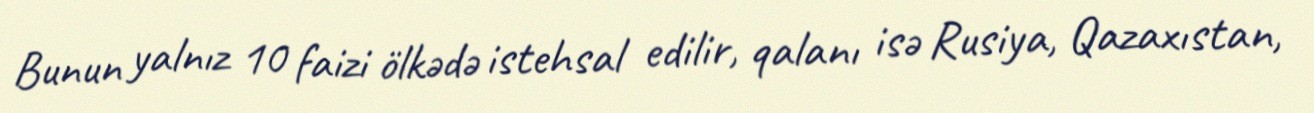
Bunun yalnız 10 faizi ölkədə istehsal edilir, qalanı isə Rusiya, Qazaxıstan,